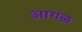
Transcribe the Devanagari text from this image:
अागळ